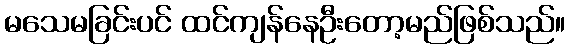
မသေမခြင်းပင် ထင်ကျန်နေဦးတော့မည်ဖြစ်သည်။